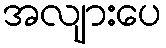
အလျားပေ